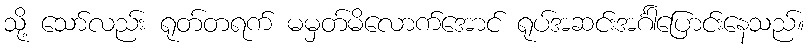
သို့ သော်လည်း ရုတ်တရက် မမှတ်မိလောက်အောင် ရုပ်အဆင်းအင်္ဂါပြောင်းနေသည်။